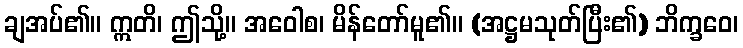
ချအပ်၏။ ဣတိ၊ ဤသို့။ အဝေါစ၊ မိန်တော်မူ၏။ (အဋ္ဌမသုတ်ပြီး၏) ဘိက္ခဝေ၊